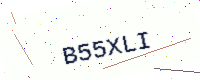
Text: B55XLI